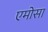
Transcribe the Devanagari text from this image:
एमोसा